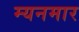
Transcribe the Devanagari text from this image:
म्यनमार